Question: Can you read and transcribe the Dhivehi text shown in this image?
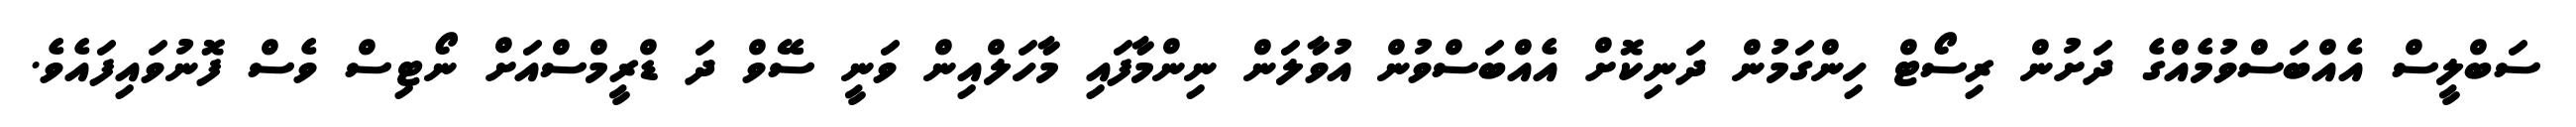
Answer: ސަބްލީސް އެއްބަސްވުމެއްގެ ދަށުން ރިސޯޓް ހިންގަމުން ދަނިކޮށް އެއްބަސްވުން އުވާލަން ނިންމާފައި މާހަލްއިން ވަނީ ސޭވް ދަ ޑްރީމްސްއަށް ނޯޓިސް ވެސް ފޮނުވައިފައެވެ.